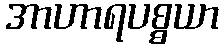
အာဟာရပစ္စယာ